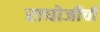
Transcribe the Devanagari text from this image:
राघोजीची